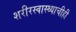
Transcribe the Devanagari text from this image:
शरीरस्वास्थ्याचीही